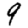
Digit: 9